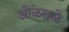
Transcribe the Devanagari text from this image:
ओळखळे